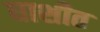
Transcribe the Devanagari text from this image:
घाशीत